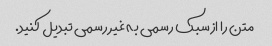
متن را از سبک رسمی به غیر رسمی تبدیل کنید.